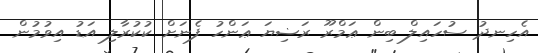
އެހިނދު ސުހައިލް ބިން ޢަމްރޫ ރަޟިޔަ ޢަންހު ފެނަށް ކުކުރާލި އަޑު އިވުމުން